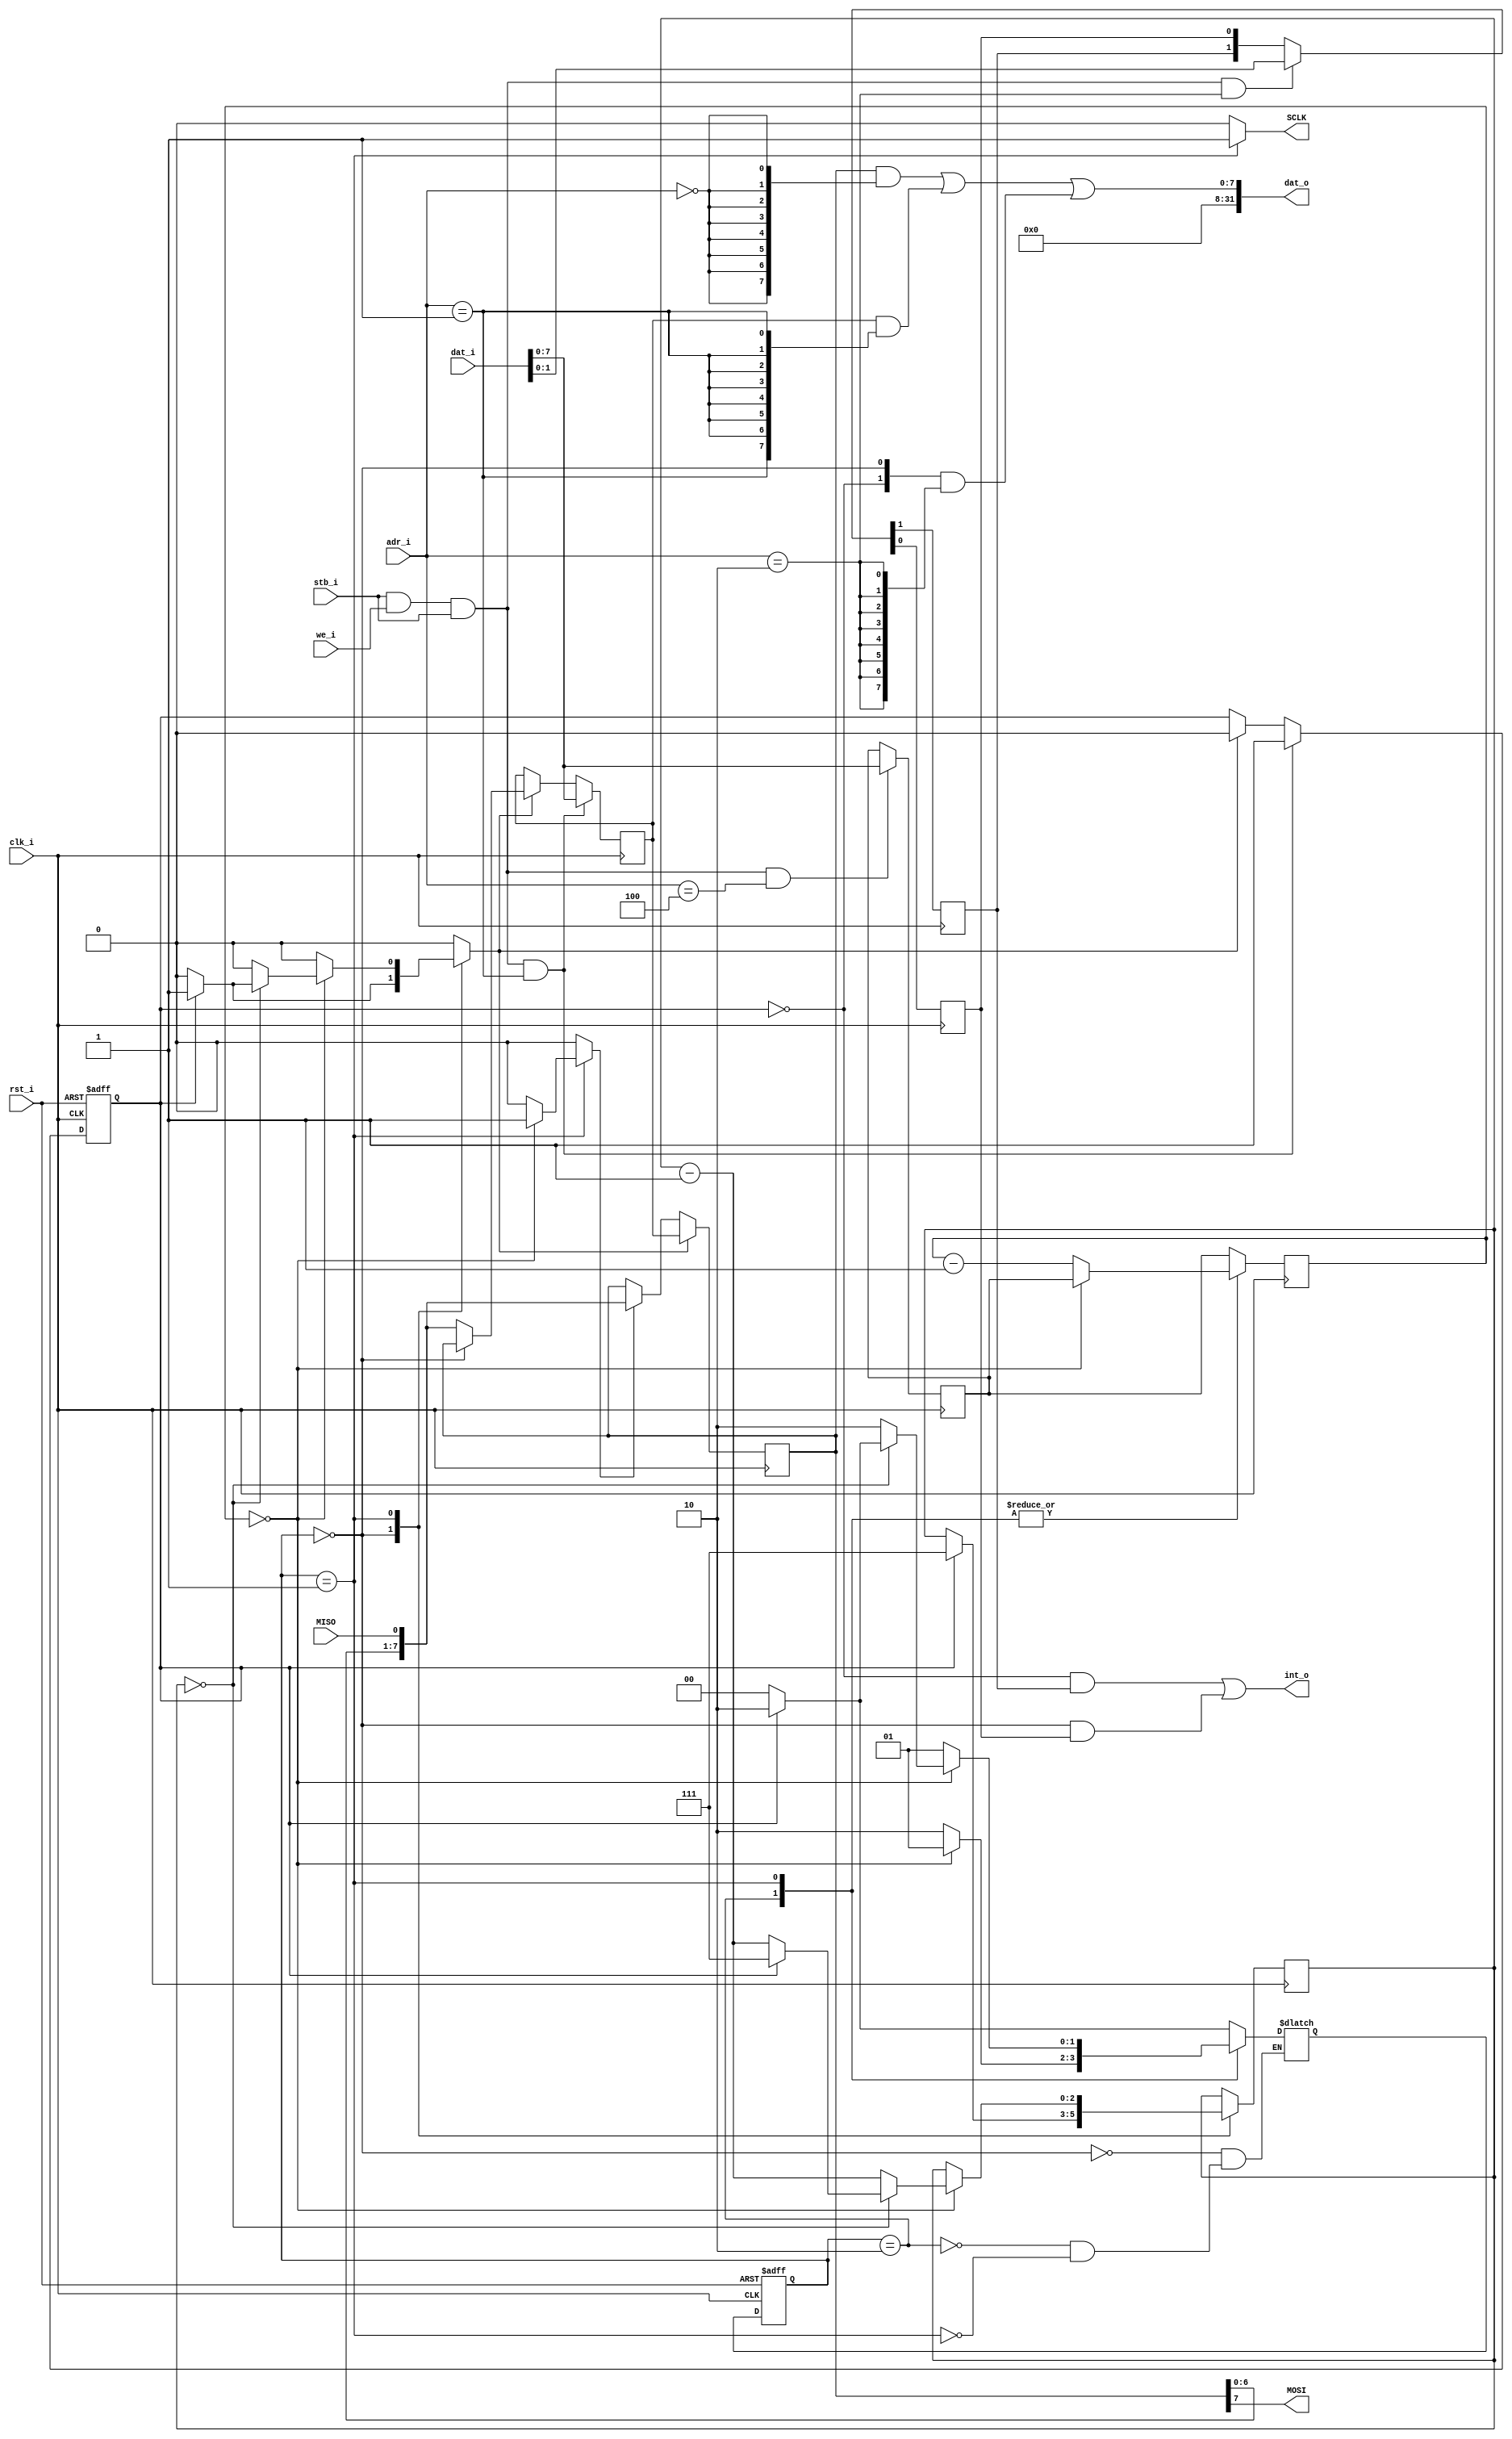
module tiny_spi(
   input	  rst_i,
   input	  clk_i,
   input	  stb_i,
   input	  we_i,
   output [31:0]  dat_o,
   input [31:0]   dat_i,
   output	  int_o,
   input [2:0]	  adr_i,
   output	  MOSI,
   output	  SCLK,
   input	  MISO
   );
   parameter BAUD_WIDTH = 8;
   parameter BAUD_DIV = 0;
   parameter SPI_MODE = 0;
   parameter BC_WIDTH = 3;
   parameter DIV_WIDTH = BAUD_DIV ? $clog2(BAUD_DIV / 2 - 1) : BAUD_WIDTH;
   reg [7:0]	  sr8, bb8;
   wire [7:0]	  sr8_sf;
   reg [BC_WIDTH - 1:0]		bc, bc_next;
   reg [DIV_WIDTH - 1:0]	ccr;
   reg [DIV_WIDTH - 1:0]	cc, cc_next;
   wire		  misod;
   wire		  cstb, wstb, bstb, istb;
   reg		  sck;
   reg		  sf, ld;
   reg		  bba;   
   reg		  txren, txeen;
   wire 	  txr, txe;
   wire		  cpol, cpha;
   reg		  cpolr, cphar;
   wire 	  wr;
   wire 	  cyc_i; 
   wire 	  ack_o; 
   assign cyc_i = 1'b1;  
   assign ack_o = stb_i & cyc_i; 
   assign wr = stb_i & cyc_i & we_i & ack_o;
   assign wstb = wr & (adr_i == 1);
   assign istb = wr & (adr_i == 2);
   assign cstb = wr & (adr_i == 3);
   assign bstb = wr & (adr_i == 4);
   assign sr8_sf = { sr8[6:0],misod };
   assign dat_o =
		      (sr8 & {8{(adr_i == 0)}})
		    | (bb8 & {8{(adr_i == 1)}})
		    | ({ txr, txe } & {8{(adr_i == 2)}})
		      ;
   parameter
     IDLE = 0,
     PHASE1 = 1,
     PHASE2 = 2
     ;
   reg [1:0] spi_seq, spi_seq_next;
   always @(posedge clk_i or posedge rst_i)
     if (rst_i)
       spi_seq <= IDLE;
     else
       spi_seq <= spi_seq_next;
   always @(posedge clk_i)
     begin
	cc <= cc_next;
	bc <= bc_next;
     end
   always @(bba or bc or cc or ccr or cpha or cpol or spi_seq)
     begin
	sck = cpol;
	cc_next = BAUD_DIV ? (BAUD_DIV / 2 - 1) : ccr;
	bc_next = bc;
	ld = 1'b0;
	sf = 1'b0;
	case (spi_seq)
	  IDLE:
	    begin
	       if (bba)
		 begin
		    bc_next = 7;
		    ld = 1'b1;
		    spi_seq_next = PHASE2;
		 end
	       else
		 spi_seq_next = IDLE;
	    end
	  PHASE2:
	    begin
	       sck = (cpol ^ cpha);
	       if (cc == 0)
		 spi_seq_next = PHASE1;
	       else
		 begin
		    cc_next = cc - 1;
		    spi_seq_next = PHASE2;
		 end
	    end
	  PHASE1:
	    begin
	       sck = ~(cpol ^ cpha);
	       if (cc == 0)
		 begin
		    bc_next = bc -1;
		    sf = 1'b1;
		    if (bc == 0)
		      begin
			 if (bba)
			   begin
			      bc_next = 7;
			      ld = 1'b1;
			      spi_seq_next = PHASE2;
			   end
			 else
			   spi_seq_next = IDLE;
		      end
		    else
		      spi_seq_next = PHASE2;
		 end
	       else
		 begin
		    cc_next = cc - 1;
		    spi_seq_next = PHASE1;
		 end
	    end
	endcase
     end 
   always @(posedge clk_i)
     begin
	if (cstb) 
	  { cpolr, cphar } <= dat_i;
	else
	  { cpolr, cphar } <= { cpolr, cphar };
	if (istb) 
	  { txren, txeen } <= dat_i;
	else
	  { txren, txeen } <= { txren, txeen };
	if (bstb) 
	  ccr <= dat_i;
	else
	  ccr <= ccr;
	if (ld)   
	  sr8 <= bb8;
	else if (sf)
	  sr8 <= sr8_sf;
	else
	  sr8 <= sr8;
	if (wstb) 
	  bb8 <= dat_i;
	else if (ld)
	  bb8 <= (spi_seq == IDLE) ? sr8 : sr8_sf;
	else
	  bb8 <= bb8;
     end 
   always @(posedge clk_i or posedge rst_i)
     begin
	if (rst_i)
	  bba <= 1'b0;
	else if (wstb)
	  bba <= 1'b1;
	else if (ld)
	  bba <= 1'b0;
	else
	  bba <= bba;
     end
   assign { cpol, cpha } = ((SPI_MODE >= 0) & (SPI_MODE < 4)) ?
			   SPI_MODE : { cpolr, cphar };
   assign txe = (spi_seq == IDLE);
   assign txr = ~bba;
   assign int_o = (txr & txren) | (txe & txeen);
   assign SCLK = sck;
   assign MOSI = sr8[7];
   assign misod = MISO;
endmodule